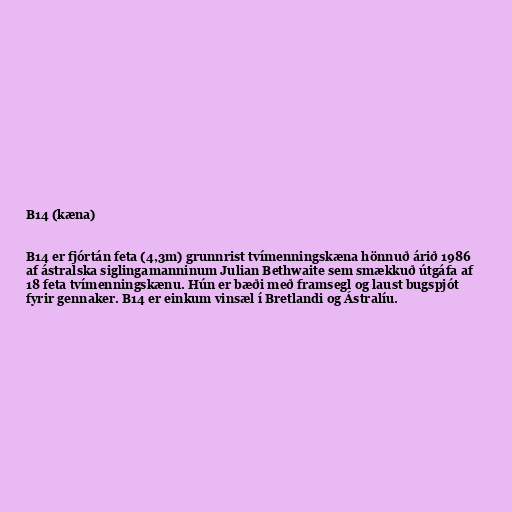
B14 (kæna)

B14 er fjórtán feta (4,3m) grunnrist tvímenningskæna hönnuð árið 1986
af ástralska siglingamanninum Julian Bethwaite sem smækkuð útgáfa af
18 feta tvímenningskænu. Hún er bæði með framsegl og laust bugspjót
fyrir gennaker. B14 er einkum vinsæl í Bretlandi og Ástralíu.